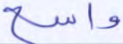
واسع